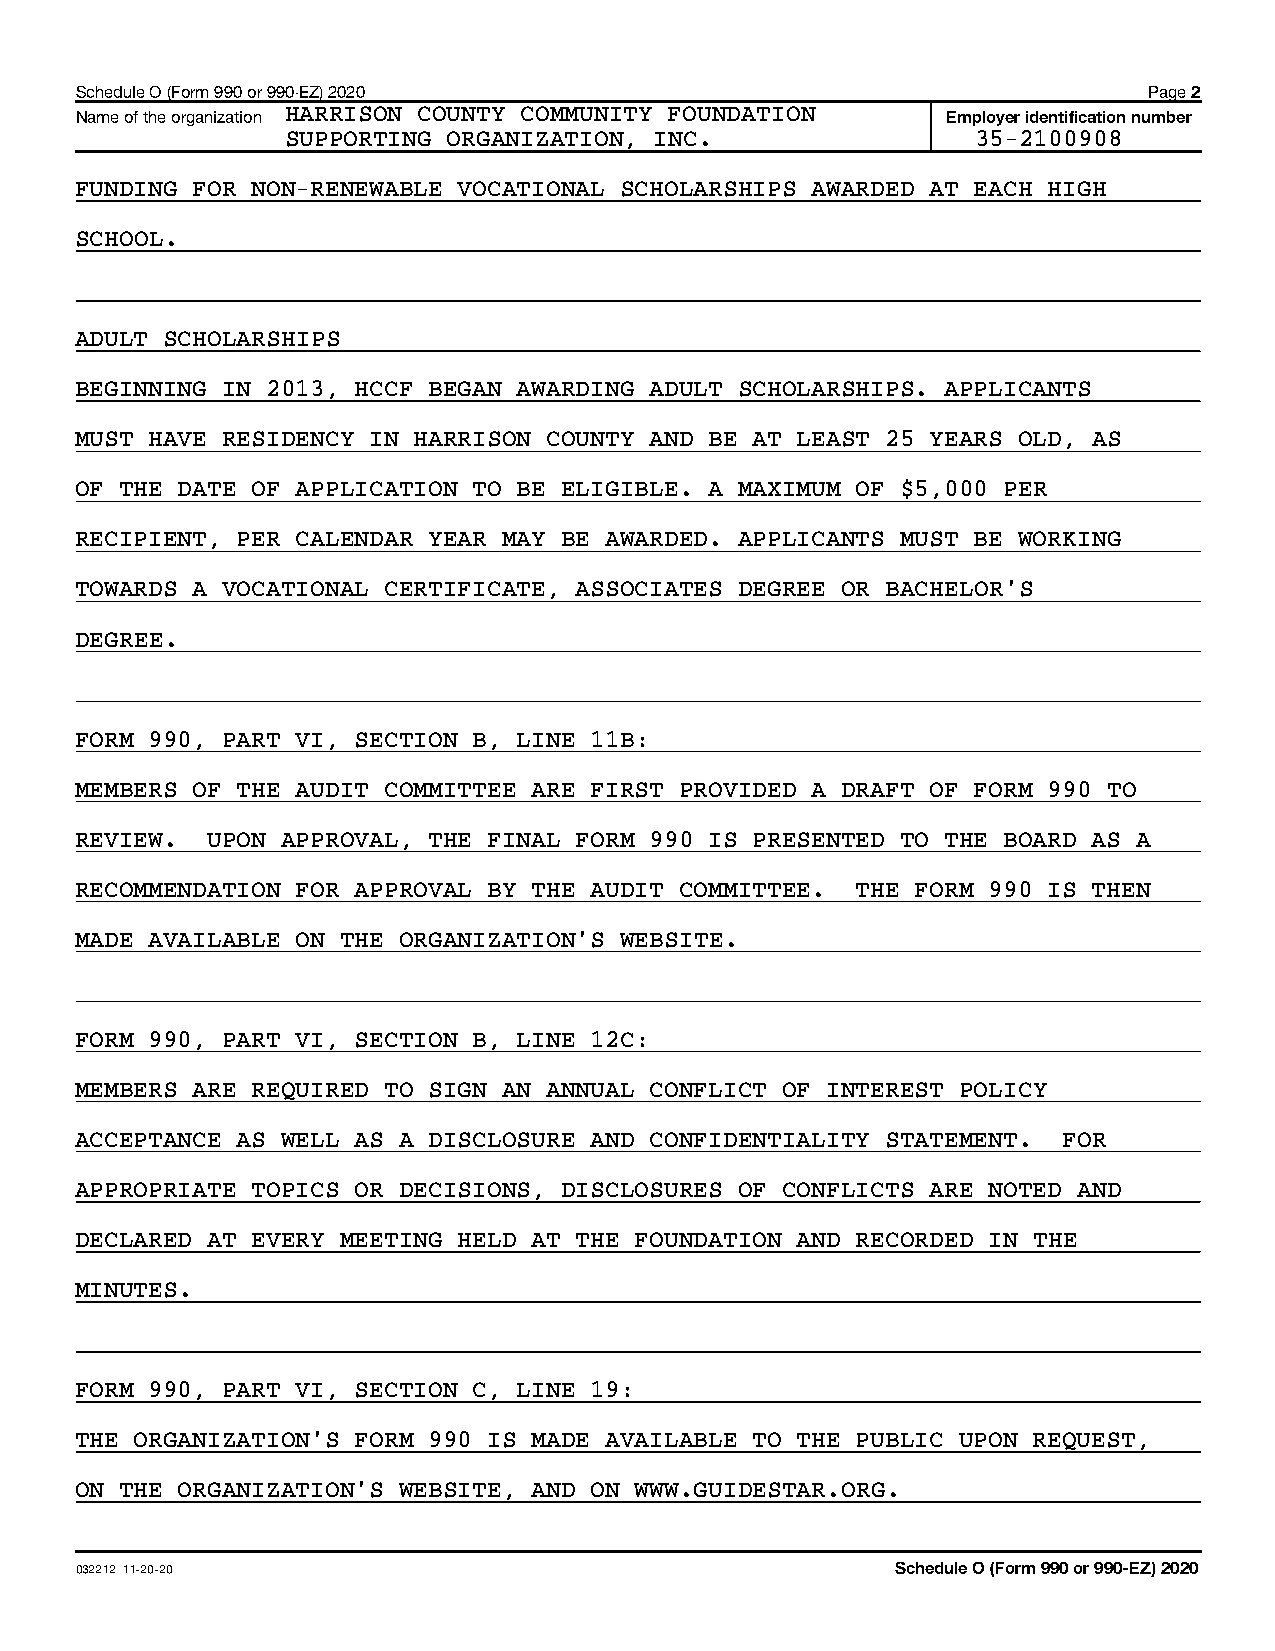
Schedule O (Form 990 or 990-EZ) 2020                                   Page 2
 Name of the organization HARRISON COUNTY COMMUNITY FOUNDATION Employer identification number
 SUPPORTING ORGANIZATION, INC.                 35-2100908
 FUNDING FOR NON-RENEWABLE VOCATIONAL SCHOLARSHIPS AWARDED AT EACH HIGH
 SCHOOL.
 ADULT SCHOLARSHIPS
 BEGINNING IN 2013, HCCF BEGAN AWARDING ADULT SCHOLARSHIPS. APPLICANTS
 MUST HAVE RESIDENCY IN HARRISON COUNTY AND BE AT LEAST 25 YEARS OLD, AS
 OF THE DATE OF APPLICATION TO BE ELIGIBLE. A MAXIMUM OF $5,000 PER
 RECIPIENT, PER CALENDAR YEAR MAY BE AWARDED. APPLICANTS MUST BE WORKING
 TOWARDS A VOCATIONAL CERTIFICATE, ASSOCIATES DEGREE OR BACHELOR'S
 DEGREE.
 FORM 990, PART VI, SECTION B, LINE 11B:
 MEMBERS OF THE AUDIT COMMITTEE ARE FIRST PROVIDED A DRAFT OF FORM 990 TO
 REVIEW.  UPON APPROVAL, THE FINAL FORM 990 IS PRESENTED TO THE BOARD AS A
 RECOMMENDATION FOR APPROVAL BY THE AUDIT COMMITTEE. THE FORM 990 IS THEN
 MADE AVAILABLE ON THE ORGANIZATION'S WEBSITE.
 FORM 990, PART VI, SECTION B, LINE 12C:
 MEMBERS ARE REQUIRED TO SIGN AN ANNUAL CONFLICT OF INTEREST POLICY
 ACCEPTANCE AS WELL AS A DISCLOSURE AND CONFIDENTIALITY STATEMENT. FOR
 APPROPRIATE TOPICS OR DECISIONS, DISCLOSURES OF CONFLICTS ARE NOTED AND
 DECLARED AT EVERY MEETING HELD AT THE FOUNDATION AND RECORDED IN THE
 MINUTES.
 FORM 990, PART VI, SECTION C, LINE 19:
 THE ORGANIZATION'S FORM 990 IS MADE AVAILABLE TO THE PUBLIC UPON REQUEST,
 ON THE ORGANIZATION'S WEBSITE, AND ON WWW.GUIDESTAR.ORG.
 032212 11-20-20                                       Schedule O (Form 990 or 990-EZ) 2020